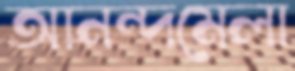
আনন্দমেলা